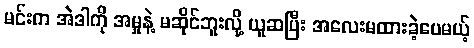
မင်းက အဲဒါကို အမှုနဲ့ မဆိုင်ဘူးလို့ ယူဆပြီး အလေးမထားခဲ့ပေမယ့်